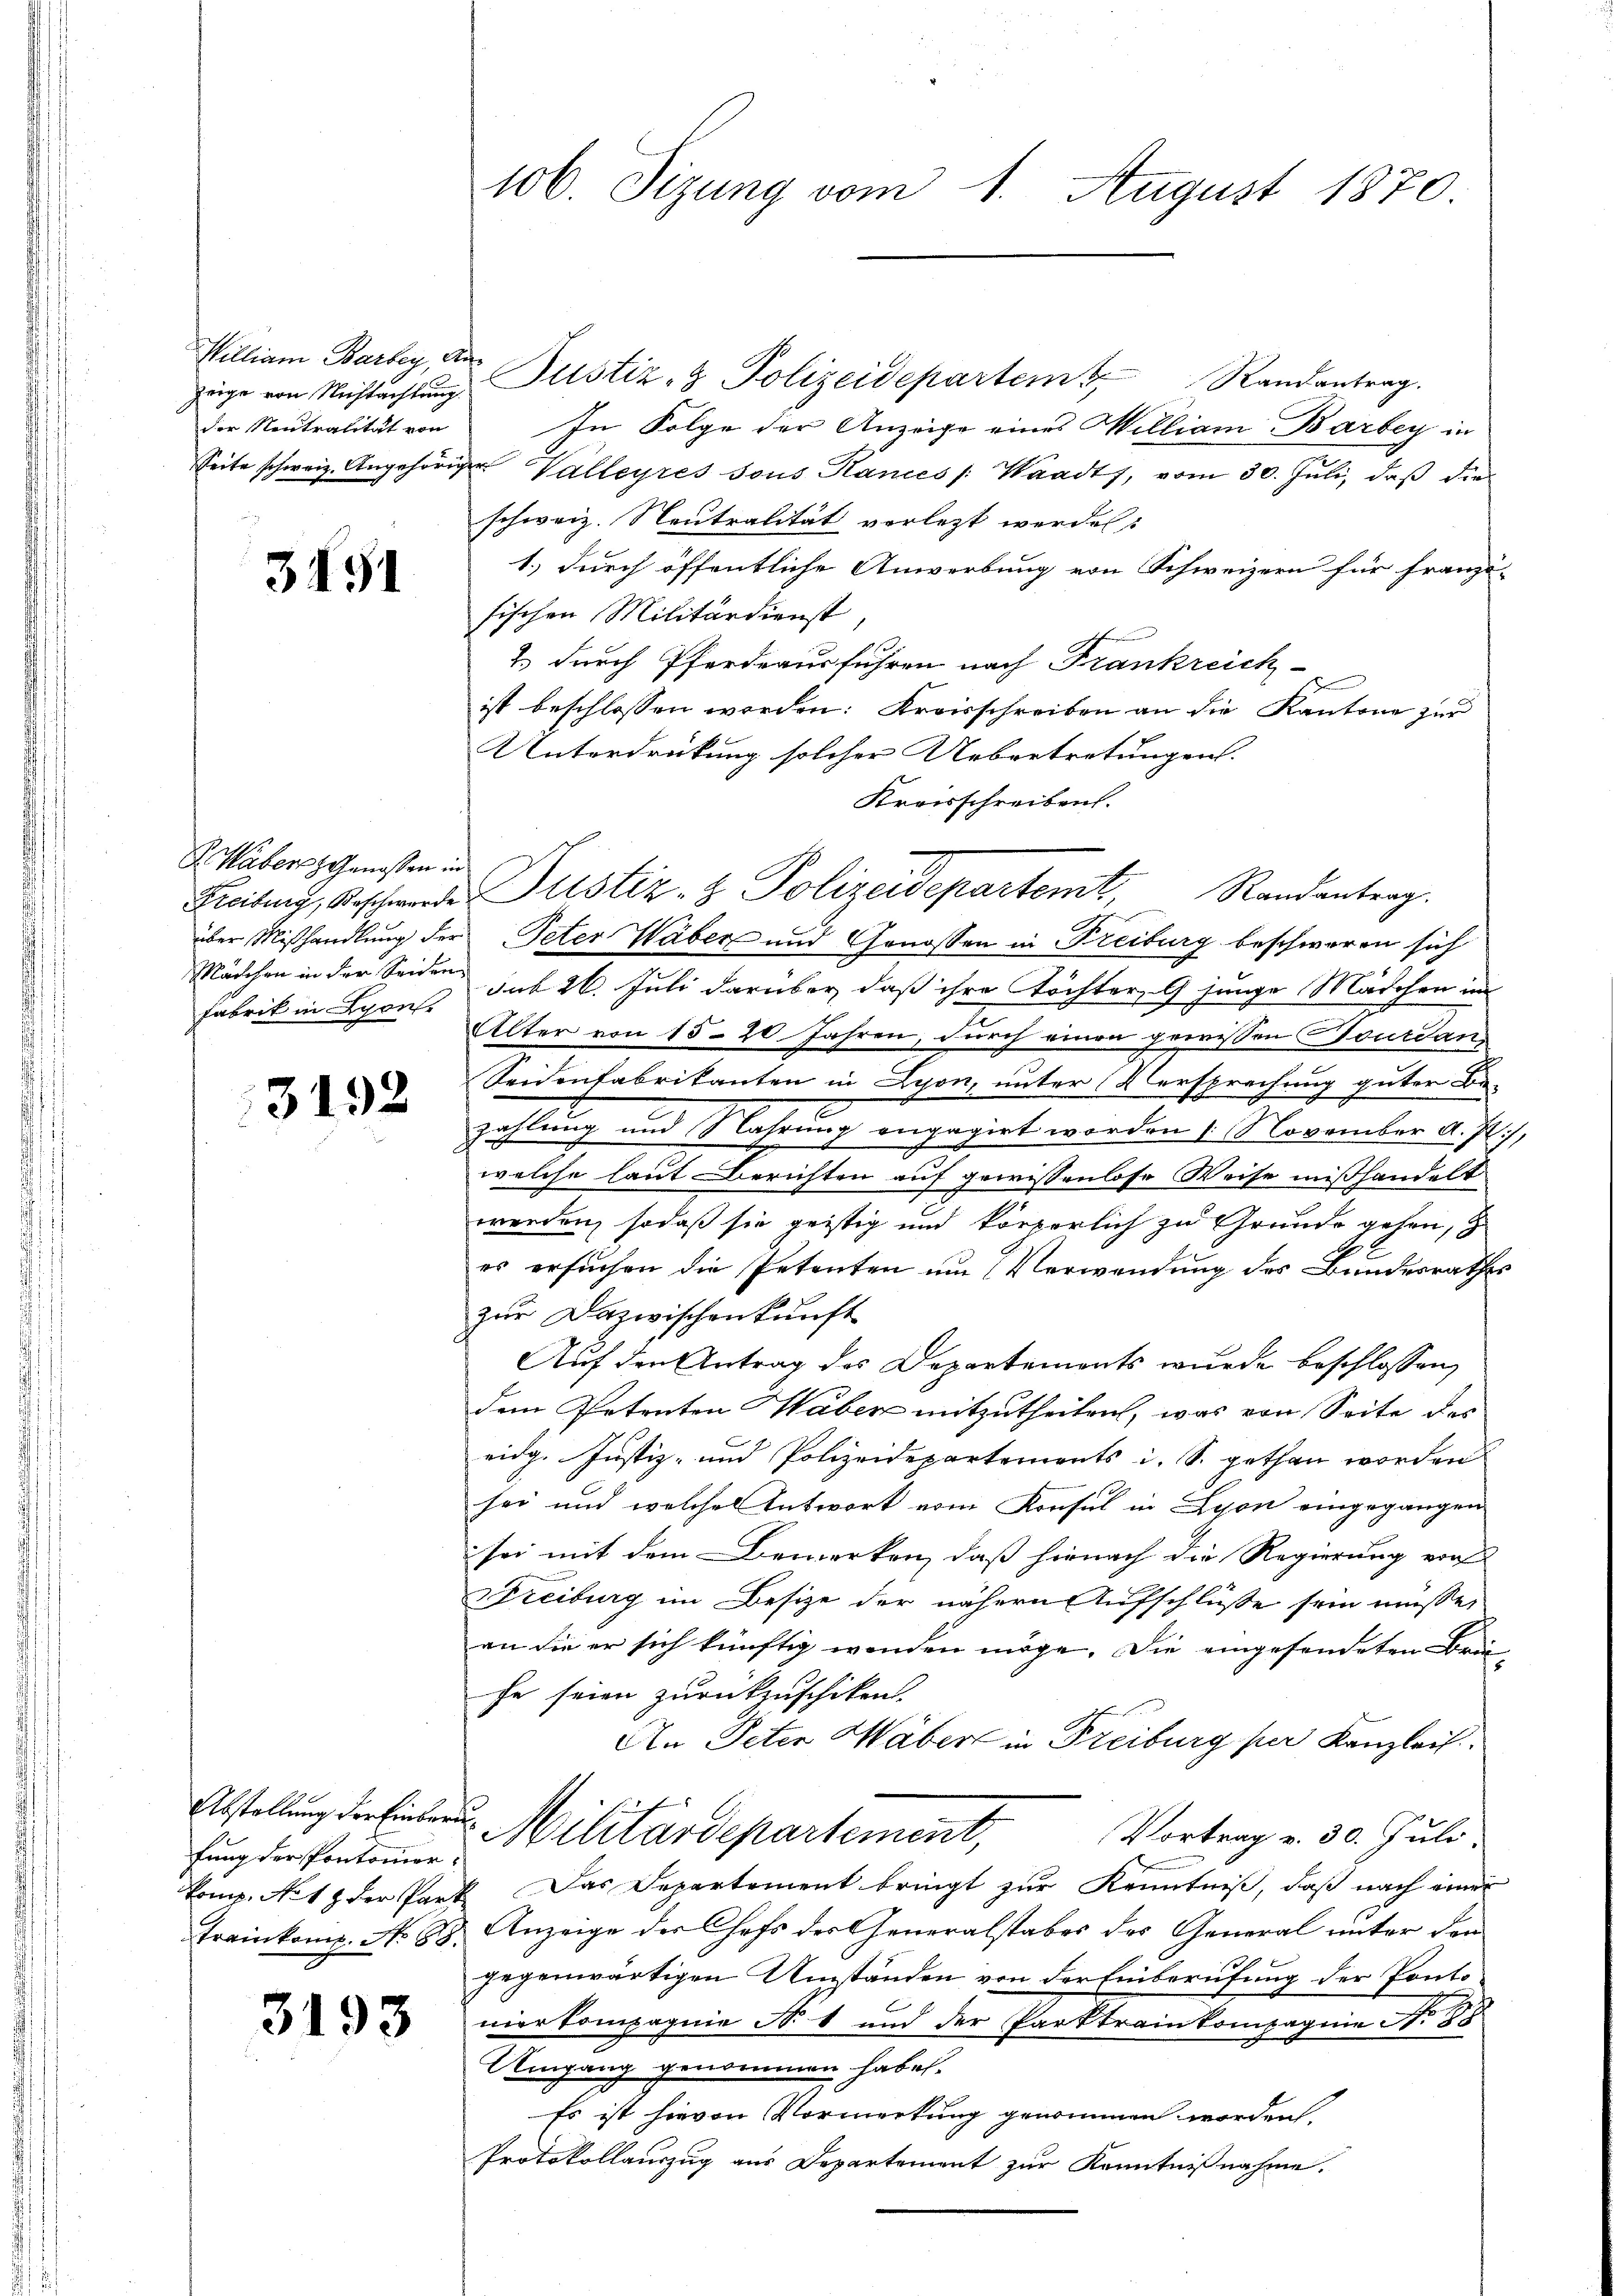
zeige von Nichtachtung.
der Neutralität von
Seite schweiz. Angehörig

3491

F. Haber Genossen in
Freiburg, Beschwerde
über Mißhandlung der
rochen in der Seiden
Fabrik in Lyon,

3192

Abstellung der Einberunfung der Pontomorkomp. No 17 der Part
Trainkomp. No 88.

3193

106. Sizung vom 1. August 1870.

In Folge der Anzeige eines Milliam Barbey in
u Valleyres sous Kanzes : Waadt, vom 30. Juli, daß die
schweiz. Neutralität verletzt werden.
1.) durch öffentliche Anwerbung von Schweizern für Franz
sischen Militärdienst,
2.) durch Pferdeausführen nach Frankreich
e
ist beschlossen worden: Kreisschreiben an die Kantone zur
Unterdrückung solcher Uebertretungen.
Kreisschreiben.
Peter Wäber und Genossen in Freiburg beschweren sich
dik 26. Juli darüber, daß ihre Töchter, 9 junge Mädchen im
Alter von 15-20 Jahren, durch einen gewissen Fourdan,
Seidenfabrikanten in Lyon, unter Versprechung guter Be-
zahlung und Nahrung engagirt worden 1 November d. Js.
welche laut Berichten auf gewissenlose Weise mißhandelt
werden, sodaß sie geistig und körperlich zu Grunde gehen,
es ersuchen die Petenten um Verwendung des Bundesrath
zur Dazwischenkunft
Auf den Antrag des Departements wurde beschlossen,
dem Petenten Haber mitzutheilen, was von Seite des
eidg. Justiz- und Polizeidepartements i. S. gethan worden
sei und welches Antwort vom Konsul in Lyon eingegangen
sei mit dem Bemerken, daß hienach die Regierung von
reiburg im Besize der nähern Aufschlüsse sein müsse,
an die er sich künftig werden möge. Die eingesendeten Beihe seien zurückzuschiken.
An Peten Haber in Freiburg per Kanzleih
Militärdepartement,
Vortrag v. 30. Juli.
Das Departement bringt zur Kenntniß, daß nach einer
Anzeige der Chefs des Generalstabes des General unter den
gegenwärtigen Umständen von der Einberufung der Ponto-
nier kompagnie N. 1 und der Parktrainkompagnie No 88
Umgang genommen habe.
Es ist hievon Vormerkung genommen worden.
Protokollauszug aus Departement zur Kenntnißnahme.

William Barbey, der Justiz- & Polizeidepartem Randantrag.

Justiz- & Polizeidepartemt, Randanterg